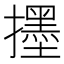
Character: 𱡅